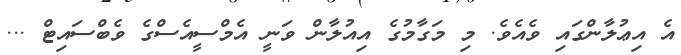
އެ އިޢުލާންގައި ވެއެވެ. މި މަގާމުގެ އިއުލާން ވަނީ އެމްސީއެސްގެ ވެބްސައިޓް ...